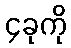
၄ခုကို